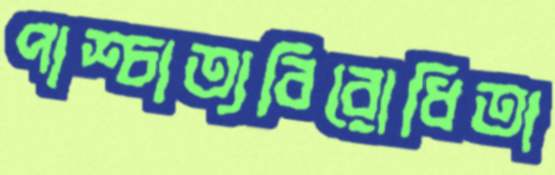
পাশ্চাত্যবিরোধিতা